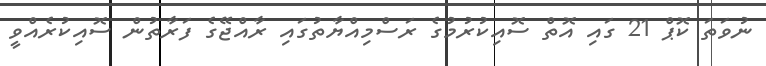
ނުވަތަ ކޮޕް 21 ގައި އޮތް ސޮއިކުރުމުގެ ރަސްމިއްޔާތުގައި ރާއްޖޭގެ ފަރާތުން ސޮއިކުރެއްވީ